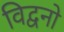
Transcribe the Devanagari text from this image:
विद्वनो